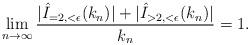
LaTeX: \begin{align*} \lim_{n\to \infty}\frac{ |\hat{I}_{=2,<\epsilon}(k_{n})|+|\hat{I}_{>2,<\epsilon}(k_{n})|}{k_{n}}=1.\end{align*}